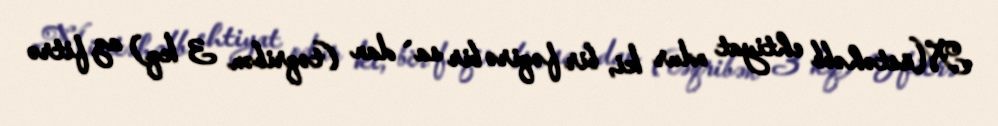
Müstəhəbb ehtiyat odur ki, bir fəqirə bir sa`dan (təqribən 3 kq) az fitrə